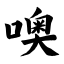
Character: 噢